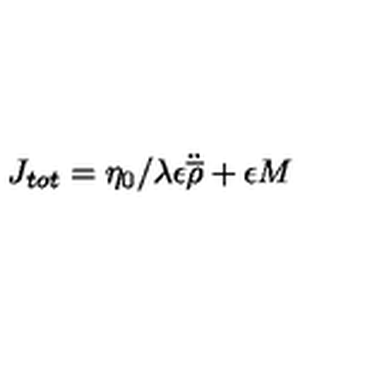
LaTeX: J _ { t o t } = \eta _ { 0 } / \lambda \epsilon \ddot { \overline { { \rho } } } + \epsilon M